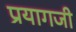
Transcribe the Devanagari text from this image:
प्रयागजी